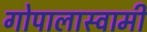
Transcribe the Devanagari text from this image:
गोपालास्वामी